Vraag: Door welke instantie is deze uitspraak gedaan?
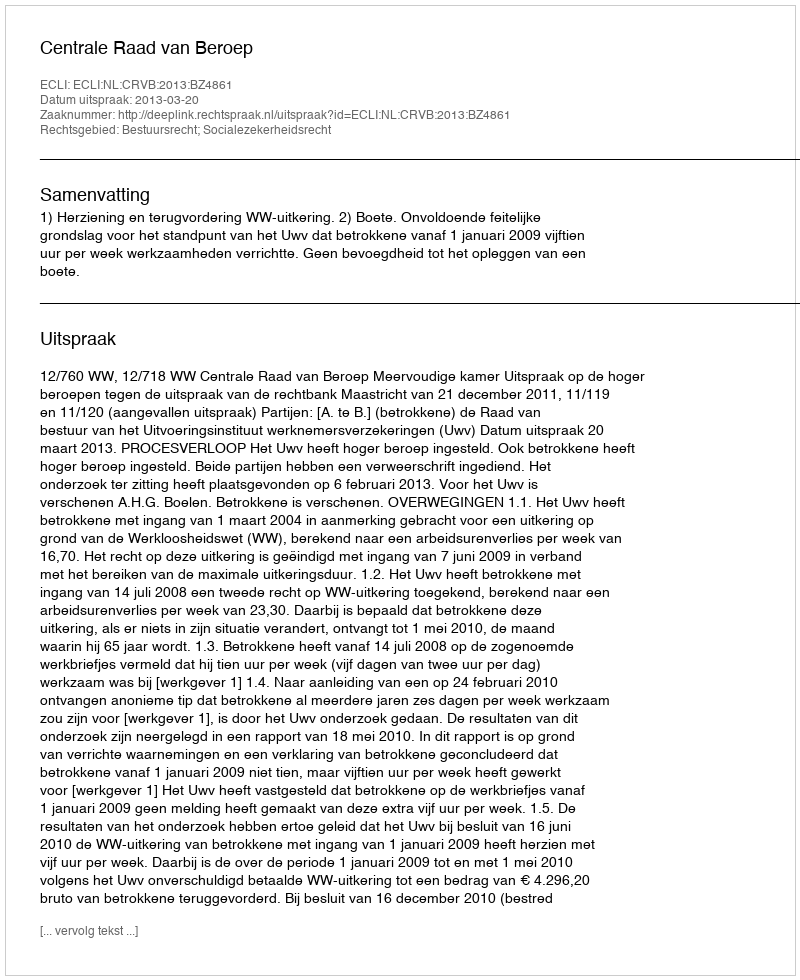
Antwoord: Centrale Raad van Beroep